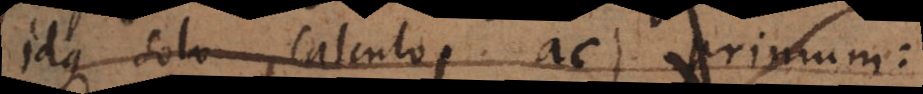
idque solo calculo ac primum: